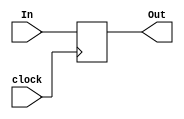
module reg_32(clock,In,Out);

input clock;
input [31:0] In;
output [31:0] Out;

reg [31:0] reg32;
    
always @(posedge clock) 
begin
	reg32<=In;       
end

assign Out=reg32;

endmodule